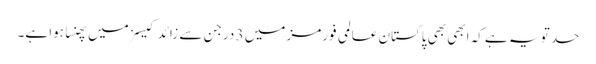
حد تو یہ ہے کہ ابھی بھی پاکستان عالمی فورمز میں 3 درجن سے زائد کیسزمیں پھنسا ہوا ہے۔